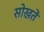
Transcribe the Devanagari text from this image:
सोखतें